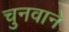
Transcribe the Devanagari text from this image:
चुनवाने